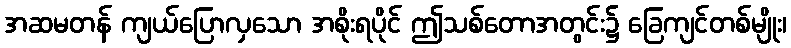
အဆမတန် ကျယ်ပြောလှသော အစိုးရပိုင် ဤသစ်တောအတွင်း၌ ခြေကျင်တစ်မျိုး၊